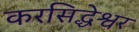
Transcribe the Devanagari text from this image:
करसिद्धेश्वर